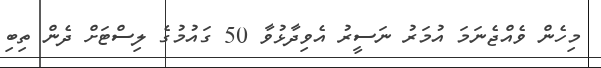
މިހެން ވެއްޖެނަމަ އުމަރު ނަސީރު އެވިދާޅުވާ 50 ގައުމުގެ ލިސްޓަށް ދެން ތިބި